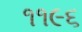
૧૧૯૬